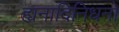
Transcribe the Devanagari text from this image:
ह्यनादिनिधनो